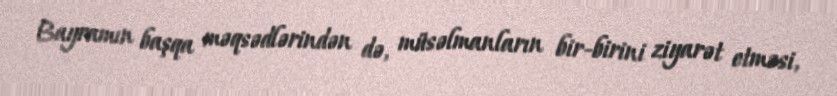
Bayramın başqa məqsədlərindən də, müsəlmanların bir-birini ziyarət etməsi,